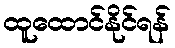
ထူထောင်နိုင်ရန်